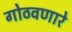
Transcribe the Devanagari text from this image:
गोठवणारे